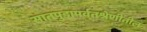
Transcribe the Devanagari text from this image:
सातपुडापर्वतश्रेणीतील